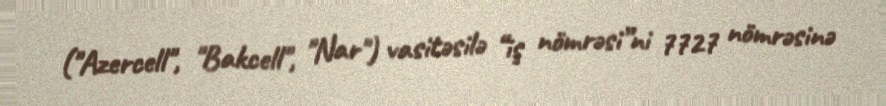
("Azercell", "Bakcell", "Nar") vasitəsilə “iş nömrəsi”ni 7727 nömrəsinə